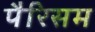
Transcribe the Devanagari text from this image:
पैरिसम